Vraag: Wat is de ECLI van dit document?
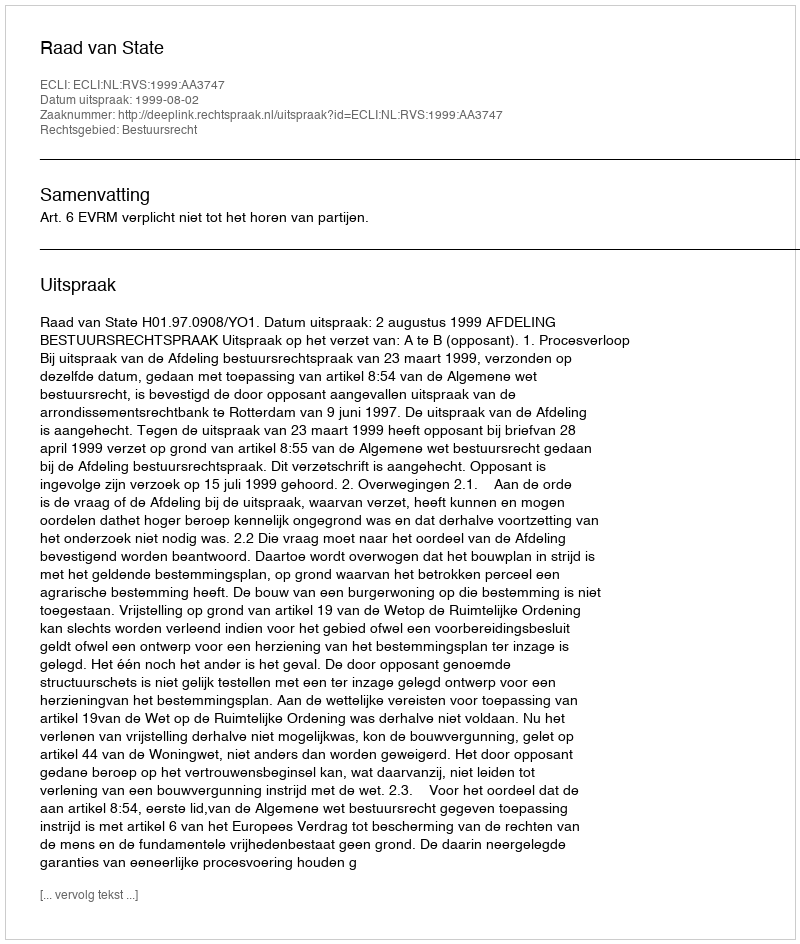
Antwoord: ECLI:NL:RVS:1999:AA3747